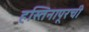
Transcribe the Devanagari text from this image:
हस्तिनापूरची